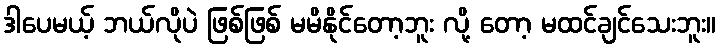
ဒါပေမယ့် ဘယ်လိုပဲ ဖြစ်ဖြစ် မမိနိုင်တော့ဘူး လို့ တော့ မထင်ချင်သေးဘူး။